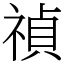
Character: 禎